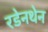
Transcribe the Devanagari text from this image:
रडेनथेन